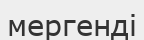
мергенді